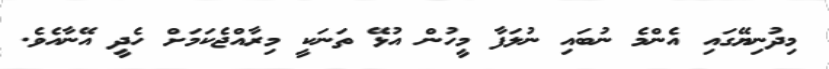
މިދުނިޔޭގައި އެންމެ ނުބައި ނުލަފާ މީހުން އުޅޭ ތަނަކީ މިރާއްޖެކަމަށް ހެދީ އޭނާއެވެ.